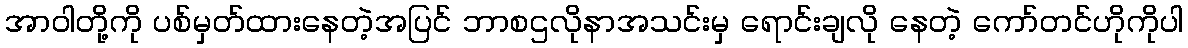
အာဝါတို့ကို ပစ်မှတ်ထားနေတဲ့အပြင် ဘာစဌလိုနာအသင်းမှ ရောင်းချလို နေတဲ့ ကော်တင်ဟိုကိုပါ